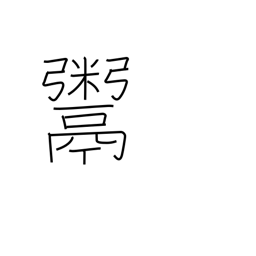
Meaning: deal in